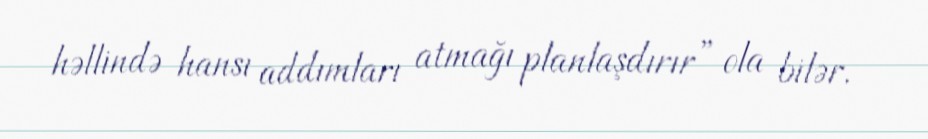
həllində hansı addımları atmağı planlaşdırır” ola bilər.